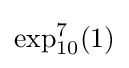
\exp _{10}^{7}(1)